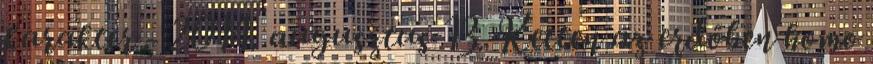
karakter - 2014. augusztus 13. Ketten az erdőben homo